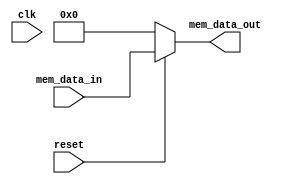
`ifndef MEM_ASSIGN
`define MEM_ASSIGN

// Belinda Brown Ramrez
// June, 2020
// timna.brown@ucr.ac.cr
// Co-worked with Brandon Esquivel

module mem_module #(
parameter WORD_SIZE = 4
) (
    // Inputs
    input wire clk,
    input wire reset,
    input wire [WORD_SIZE-1:0] mem_data_in,
    // Outputs
    output reg [WORD_SIZE-1:0] mem_data_out
);

reg [WORD_SIZE-1:0] memory;

    always @ (*) begin
        if(reset==0) begin
            mem_data_out = 0;
            memory = 0;
        end
        else begin
            memory = mem_data_in;
            mem_data_out = memory;
        end
    end

endmodule

// Local Variables:
// verilog-library-directories:("."):
// End:
`endif